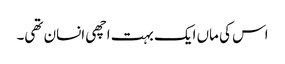
اس کی ماں ایک بہت اچھی انسان تھی۔